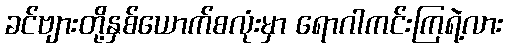
ခင်ဗျားတို့နှစ်ယောက်စလုံးမှာ ရောဂါကင်းကြရဲ့လား